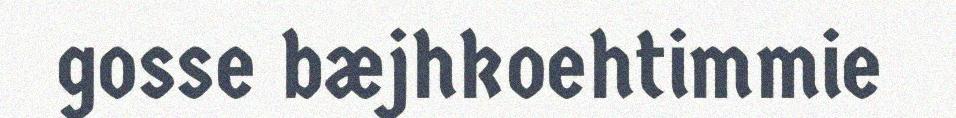
gosse bæjhkoehtimmie